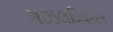
ગઝલવિષયક